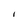
Character: i